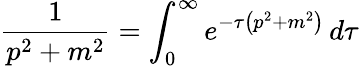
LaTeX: {\frac{1}{p^{2}+m^{2}}}=\int_{0}^{\infty}e^{-\tau\left(p^{2}+m^{2}\right)}\, d\tau